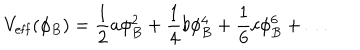
LaTeX: V _ { \mathrm { e f f } } ( \phi _ { B } ) = { \frac { 1 } { 2 } } a \phi _ { B } ^ { 2 } + { \frac { 1 } { 4 } } b \phi _ { B } ^ { 4 } + { \frac { 1 } { 6 } } c \phi _ { B } ^ { 6 } + \dots